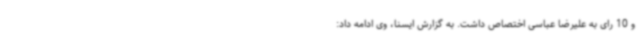
و 10 رای به علیرضا عباسی اختصاص داشت. به گزارش ایسنا، وی ادامه داد: